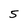
Character: 5